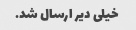
خیلی دیر ارسال شد.